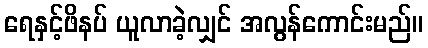
ရေနှင့်ဖိနပ် ယူလာခဲ့လျှင် အလွန်ကောင်းမည်။